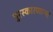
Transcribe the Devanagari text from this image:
पुरस्कारणाऱ्या